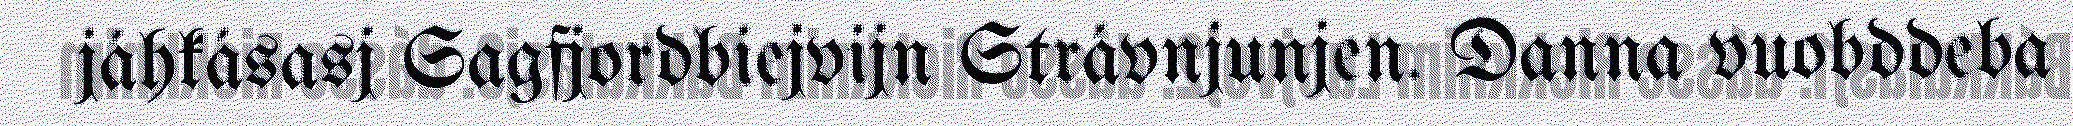
jáhkásasj Sagfjordbiejvijn Strávnjunjen. Danna vuobddeba